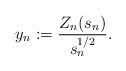
\begin{align*}y_n:=\dfrac{Z_n(s_n)}{s_n^{1/2}}.\end{align*}